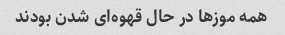
همه موزها در حال قهوه‌ای شدن بودند